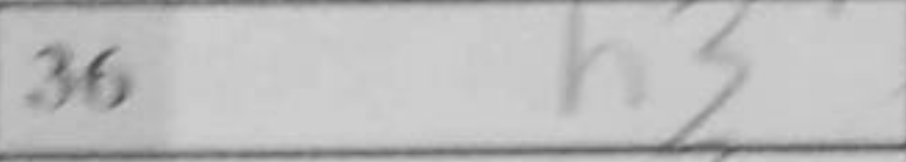
Transcription: h3